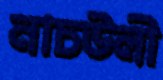
নাচউলী